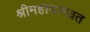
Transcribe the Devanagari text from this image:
श्रीमहानामव्रत